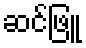
ဆင်ဖြူ